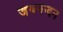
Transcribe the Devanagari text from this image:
जयनन्दन